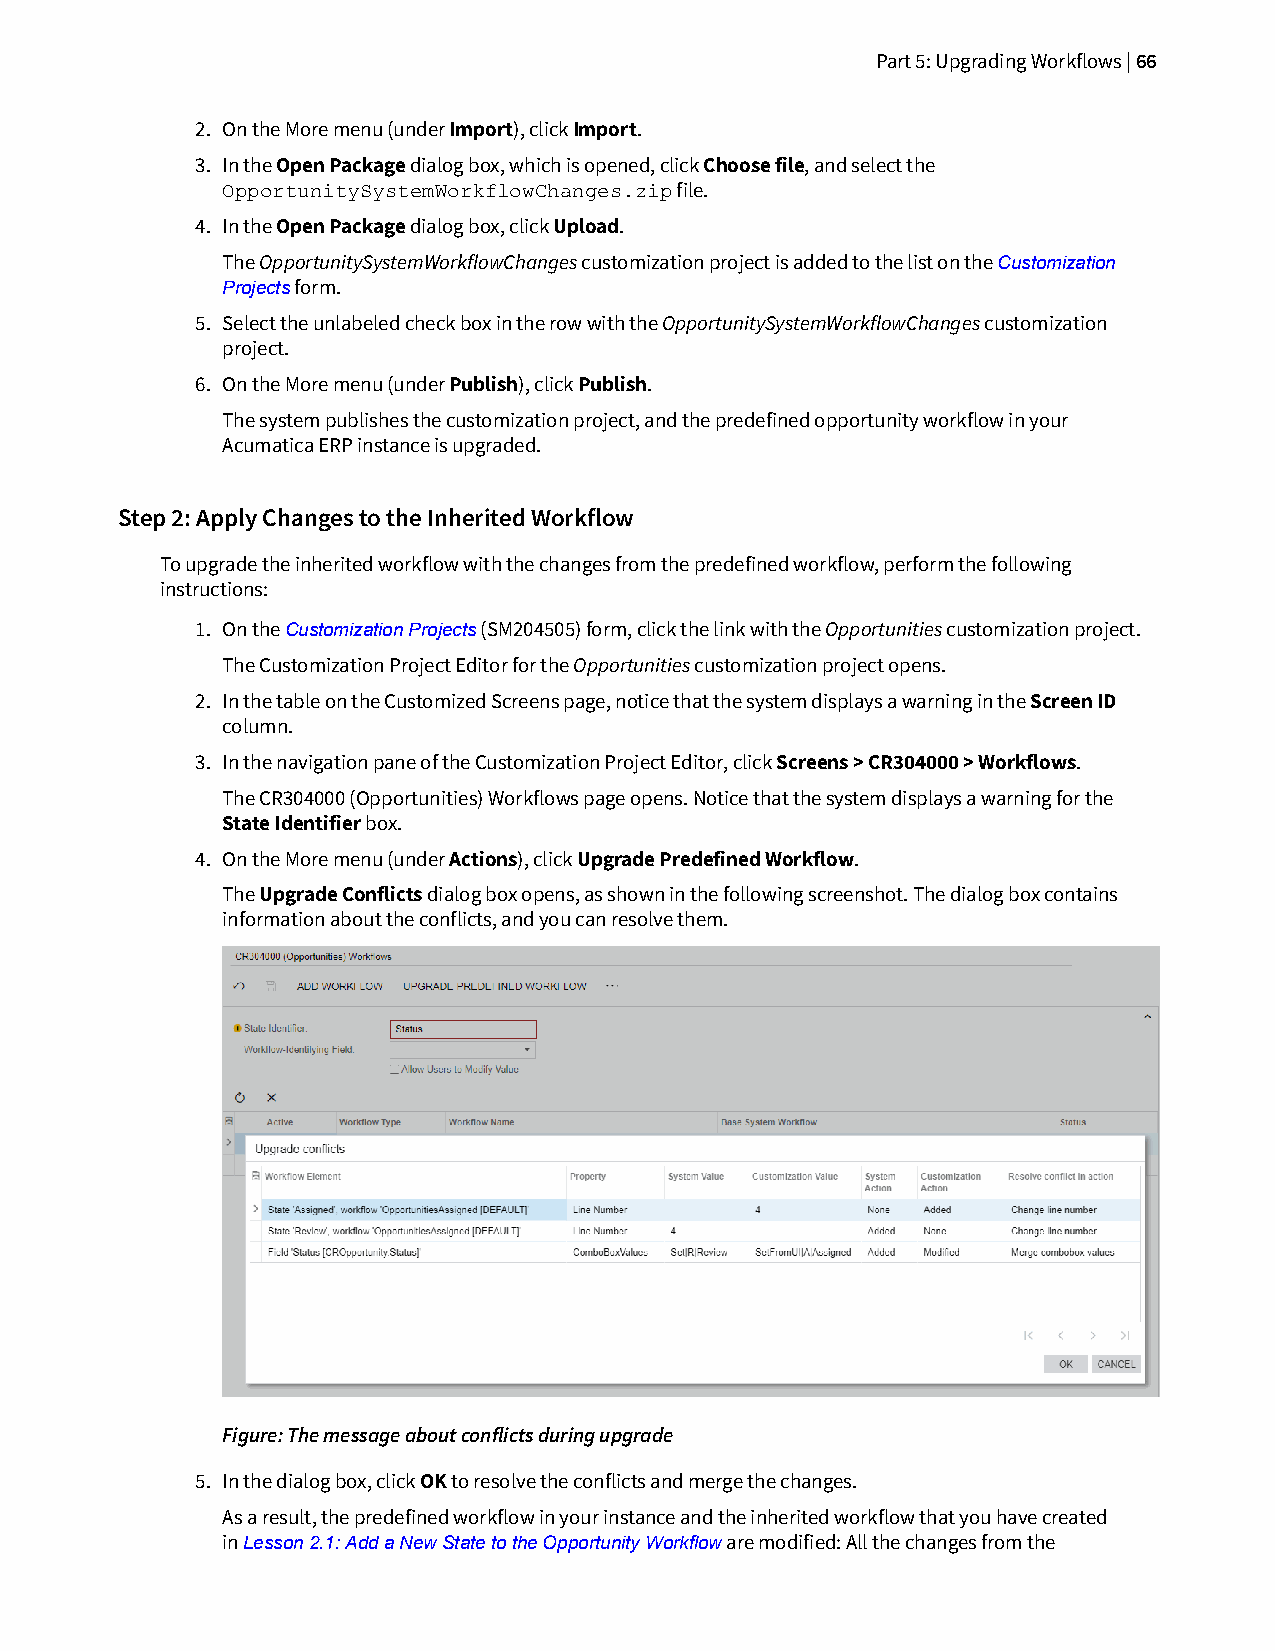
Part 5: Upgrading Workflows | 66
 2. On the More menu (under Import), click Import.
 3. In the Open Package dialog box, which is opened, click Choose file, and select the
 file.
 OpportunitySystemWorkflowChanges.zip
 4. In the Open Package dialog box, click Upload.
 The OpportunitySystemWorkflowChanges customization project is added to the list on the Customization
 Projects form.
 5. Select the unlabeled check box in the row with the OpportunitySystemWorkflowChanges customization
 project.
 6. On the More menu (under Publish), click Publish.
 The system publishes the customization project, and the predefined opportunity workflow in your
 Acumatica ERP instance is upgraded.
 Step 2: Apply Changes to the Inherited Workflow
 To upgrade the inherited workflow with the changes from the predefined workflow, perform the following
 instructions:
 1. On the Customization Projects (SM204505) form, click the link with the Opportunities customization project.
 The Customization Project Editor for the Opportunities customization project opens.
 2. In the table on the Customized Screens page, notice that the system displays a warning in the Screen ID
 column.
 3. In the navigation pane of the Customization Project Editor, click Screens > CR304000 > Workflows.
 The CR304000 (Opportunities) Workflows page opens. Notice that the system displays a warning for the
 State Identifier box.
 4. On the More menu (under Actions), click Upgrade Predefined Workflow.
 The Upgrade Conflicts dialog box opens, as shown in the following screenshot. The dialog box contains
 information about the conflicts, and you can resolve them.
 Figure: The message about conflicts during upgrade
 5. In the dialog box, click OK to resolve the conflicts and merge the changes.
 As a result, the predefined workflow in your instance and the inherited workflow that you have created
 in Lesson 2.1: Add a New State to the Opportunity Workflow are modified: All the changes from the